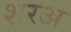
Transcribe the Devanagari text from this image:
शरअ